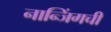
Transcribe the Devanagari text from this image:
नान्जिंगची